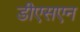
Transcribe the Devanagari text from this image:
डीएसएन